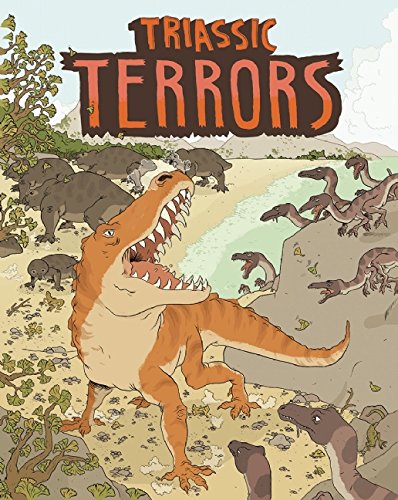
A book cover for Triassic Terrors; Nick Crumpton; Children's Books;